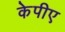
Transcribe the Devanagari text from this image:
केपीए